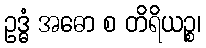
ဥဒ္ဓံ အဓော စ တိရိယဉ္စ၊